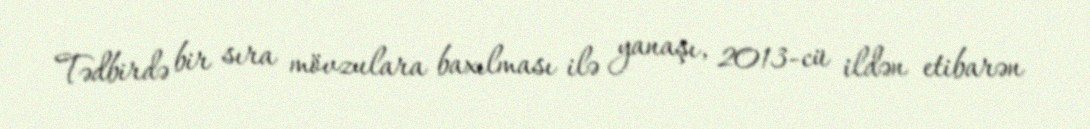
Tədbirdə bir sıra mövzulara baxılması ilə yanaşı, 2013-cü ildən etibarən